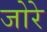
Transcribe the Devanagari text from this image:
जोरे